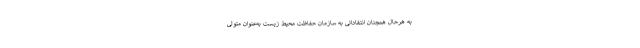
به هرحال همچنان انتقاداتی به سازمان حفاظت محیط زیست به‌عنوان متولی